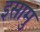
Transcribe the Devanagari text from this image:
इसामु